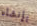
بإنشاء